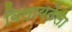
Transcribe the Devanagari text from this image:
विलायतेला